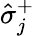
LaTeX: \hat{\sigma}_{j}^{+}